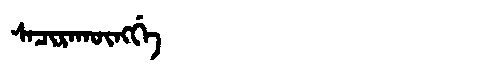
Manchu: ᠰᠠᠴᡳᡵᠠᡴᡡᠩᡤᡝ
Romanization: SACIRAKŪNGGE